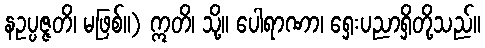
နဥပ္ပဇ္ဇတိ၊ မဖြစ်။) ဣတိ၊ သို့။ ပေါရာဏာ၊ ရှေးပညာရှိတို့သည်။